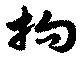
拘